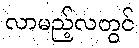
လာမည့်လတွင်